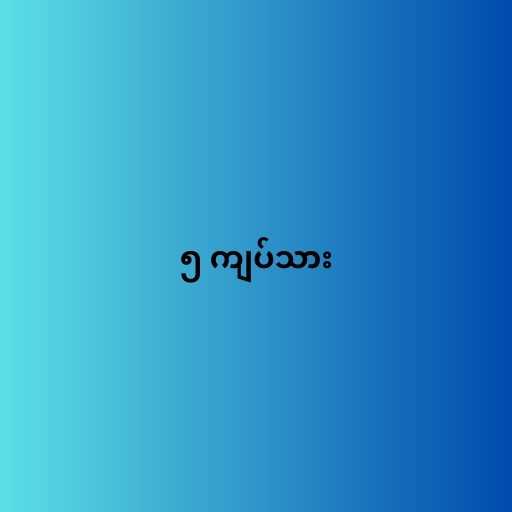
၅ ကျပ်သား